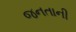
જનતાની